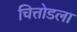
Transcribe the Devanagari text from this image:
चित्तोडला